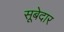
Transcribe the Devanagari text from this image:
सूबेदार